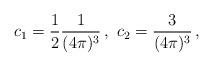
LaTeX: \begin{align*}c_1=\frac{1}{2}\frac{1}{(4\pi)^3}\,,\,\,c_2=\frac{3}{(4\pi)^3}\,,\end{align*}